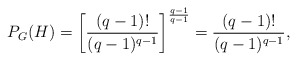
\begin{align*}P_G(H) = \left[\frac{(q - 1)!}{(q - 1)^{q - 1}}\right]^{\frac{q - 1}{q - 1}} = \frac{(q - 1)!}{(q - 1)^{q - 1}},\end{align*}